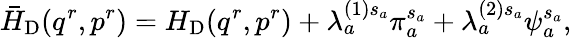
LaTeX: \bar{H}_{\mathrm{D}}(q^{r},p^{r})=H_{\mathrm{D}}(q^{r},p^{r})+\lambda_{a}^{(1)s_{a}}\pi_{a}^{s_{a}}+\lambda_{a}^{(2)s_{a}}\psi_{a}^{s_{a}},